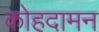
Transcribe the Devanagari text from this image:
कोहदामन